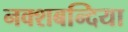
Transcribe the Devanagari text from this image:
नक्शबन्दिया